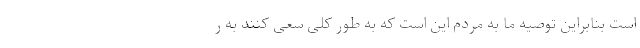
است بنابراین توصیه ما به مردم این است که به طور کلی سعی کنند به ر